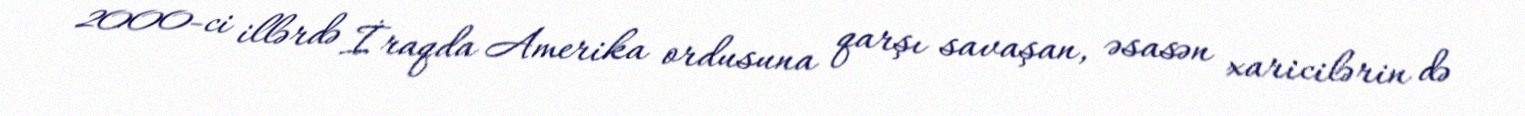
2000-ci illərdə İraqda Amerika ordusuna qarşı savaşan, əsasən xaricilərin də